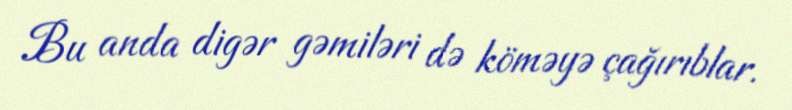
Bu anda digər gəmiləri də köməyə çağırıblar.